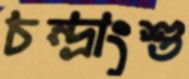
চন্দ্রাংশু